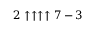
2 \uparrow \uparrow \uparrow \uparrow 7 - 3